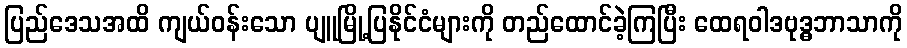
ပြည်ဒေသအထိ ကျယ်ဝန်းသော ပျူမြို့ပြနိုင်ငံများကို တည်ထောင်ခဲ့ကြပြီး ထေရဝါဒဗုဒ္ဓဘာသာကို